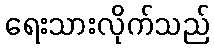
ရေးသားလိုက်သည်